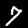
Label: 7